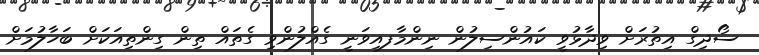
ސޯދިގް އިތުރަށް ވިދާޅުވީ ކައުންސިލުން ނިންމާފއިވަނީ ގެއްލުންވި ގެތައް ތިން ގިންތިއަކަށް ބަހާލުމަށް